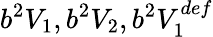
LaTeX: b^{2}V_{1},b^{2}V_{2},b^{2}V_{1}^{def}